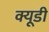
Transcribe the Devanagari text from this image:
क्यूडी